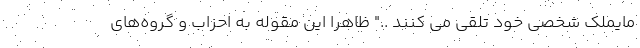
مایملک شخصی خود تلقی می کنند .." ظاهرا این مقوله به احزاب و گروه‌های